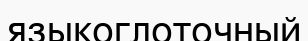
языкоглоточный